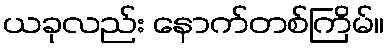
ယခုလည်း နောက်တစ်ကြိမ်။